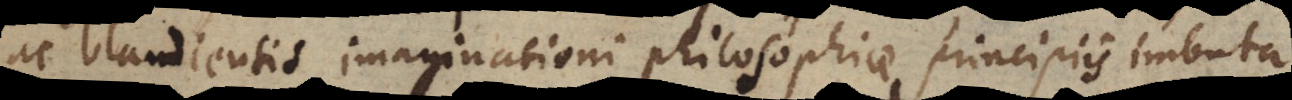
ac blandientis imaginationi philosophiae principiis imbuta